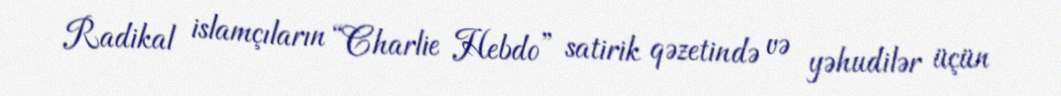
Radikal islamçıların “Charlie Hebdo” satirik qəzetində və yəhudilər üçün